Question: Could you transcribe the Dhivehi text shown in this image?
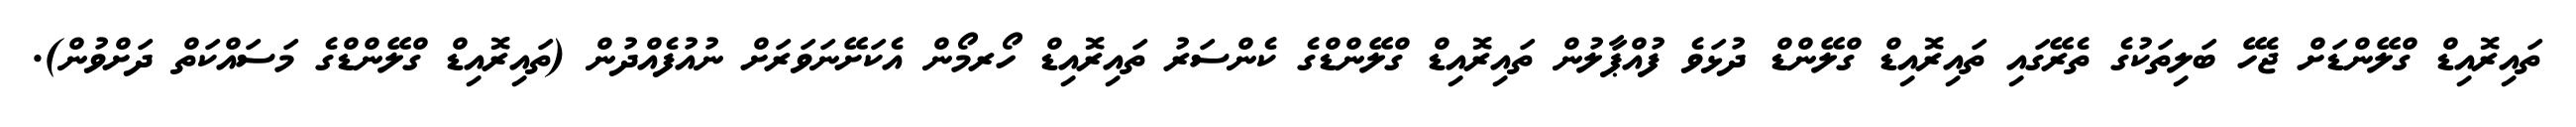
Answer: ތައިރޮއިޑް ގްލޭންޑަށް ޖެހޭ ބަލިތަކުގެ ތެރޭގައި ތައިރޮއިޑް ގްލޭންޑް ދުޅަވެ ފުއްޕާލުން ތައިރޮއިޑް ގްލޭންޑްގެ ކެންސަރު ތައިރޮއިޑް ހޯރމޯން އެކަށޭނަވަރަށް ނުއުފެއްދުން (ތައިރޮއިޑް ގްލޭންޑްގެ މަސައްކަތް ދަށްވުން).